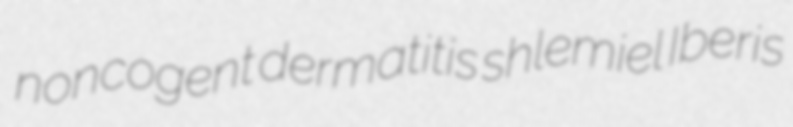
noncogent dermatitis shlemiel Iberis